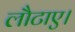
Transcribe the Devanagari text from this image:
लौटाए।